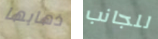
ذهابها للجانب